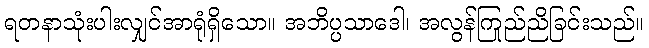
ရတနာသုံးပါးလျှင်အာရုံရှိသော။ အဘိပ္ပသာဒေါ၊ အလွန်ကြည်ညိုခြင်းသည်။